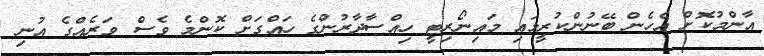
އާންމުކޮށް އެހެން ބޭނުންކުރީމައި މައިނޯރިޓީ ހިއްސާދާރުންގެ ހައްގަށް ކޮންމެ ވެސް ވަރެއްގެ އުނި